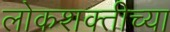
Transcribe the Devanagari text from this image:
लोकशक्तीच्या